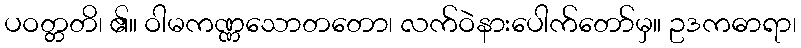
ပဝတ္တတိ၊ ၏။ ဝါမကဏ္ဏသောတတော၊ လက်ဝဲနားပေါက်တော်မှ။ ဥဒကဓာရာ၊